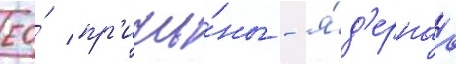
ео́ пр'ичи́ны - я́д'ернаа